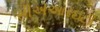
સીએઆરઇટી